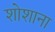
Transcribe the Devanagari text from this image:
शोशाना